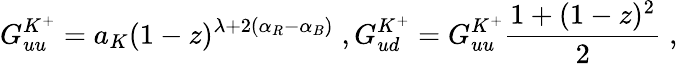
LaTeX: G_{uu}^{K^{+}}=a_{K}(1-z)^{\lambda+2(\alpha_{R}-\alpha_{B})}\; ,G_{ud}^{K^{+}}=G_{uu}^{K^{+}}\frac{1+(1-z)^{2}}2\; ,